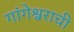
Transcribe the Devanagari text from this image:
गांगेश्वराची